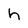
Character: h